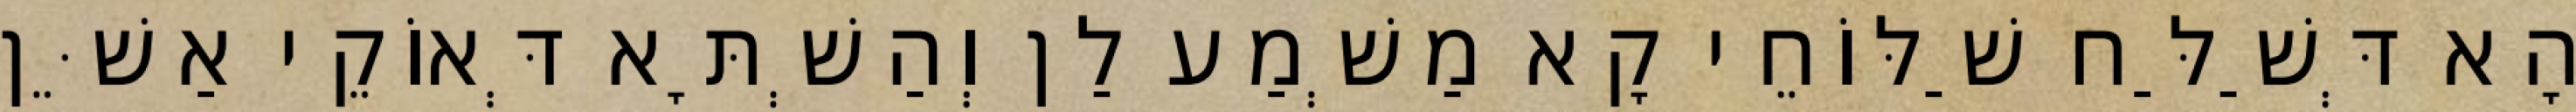
הָא דְּשַׁלַּח שַׁלּוֹחֵי קָא מַשְׁמַע לַן וְהַשְׁתָּא דְּאוֹקֵי אַשֵּׁן